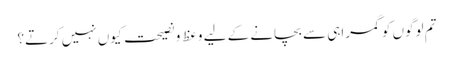
تم لوگوں کو گمراہی سے بچانے کے لیے وعظ و نصیحت کیوں نہیں کرتے؟